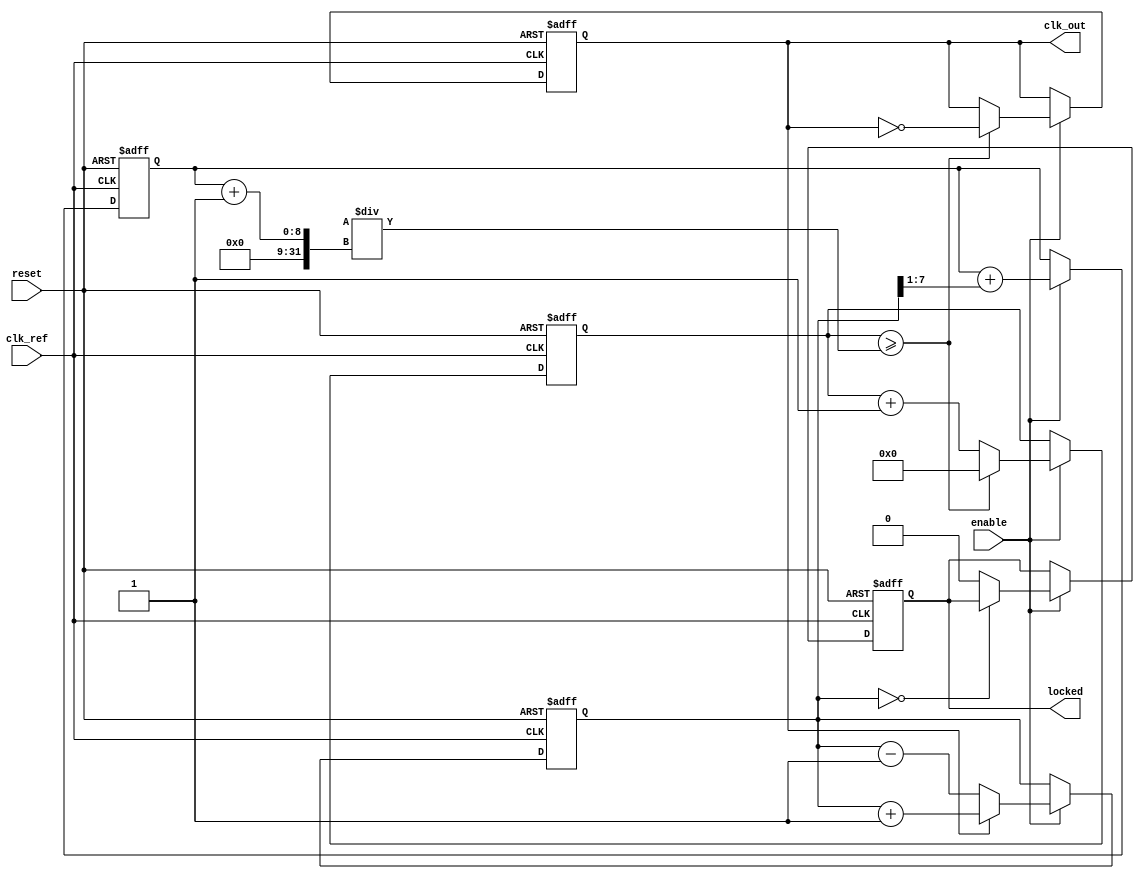
module parameterized_PLL #(
    parameter F_ref = 50_000_000,  // Reference frequency in Hz
    parameter F_out = 100_000_000,  // Desired output frequency in Hz
    parameter PHASE_RESOLUTION = 8, // Phase resolution
    parameter LOCK_TIME = 1000,      // Lock time in ns
    parameter LOOP_BANDWIDTH = 1000   // Loop bandwidth in Hz
)(
    input wire clk_ref,               // Input reference clock
    input wire reset,                 // Asynchronous reset
    input wire enable,                // Enable signal
    output reg clk_out,               // Output clock
    output reg locked                 // Lock status
);

    // Internal signals
    reg [PHASE_RESOLUTION-1:0] phase_error; // Phase error from phase detector
    reg [PHASE_RESOLUTION-1:0] control_voltage; // Control voltage for VCO
    reg [31:0] vco_counter;           // VCO counter for generating clk_out
    reg [31:0] lock_counter;          // Counter for lock detection
    reg vco_enabled;                  // VCO enable flag

    // Phase Detector (PD)
    always @(posedge clk_ref or posedge reset) begin
        if (reset) begin
            phase_error <= 0;
        end else if (enable) begin
            // Simple phase error detection logic (for illustration)
            if (clk_out) begin
                phase_error <= phase_error + 1; // Increment phase error
            end else begin
                phase_error <= phase_error - 1; // Decrement phase error
            end
        end
    end

    // Loop Filter (LF)
    always @(posedge clk_ref or posedge reset) begin
        if (reset) begin
            control_voltage <= 0;
        end else if (enable) begin
            // Simple low-pass filter for control voltage
            control_voltage <= control_voltage + (phase_error >> 1); // Adjust control voltage based on phase error
        end
    end

    // Voltage-Controlled Oscillator (VCO)
    always @(posedge clk_ref or posedge reset) begin
        if (reset) begin
            vco_counter <= 0;
            clk_out <= 0;
            vco_enabled <= 0;
            locked <= 0;
        end else if (enable) begin
            vco_enabled <= 1;
            vco_counter <= vco_counter + 1;

            // Generate output clock based on control voltage
            if (vco_counter >= (F_ref / F_out) * (1 << PHASE_RESOLUTION) / (control_voltage + 1)) begin
                clk_out <= ~clk_out; // Toggle output clock
                vco_counter <= 0;     // Reset counter
            end

            // Lock detection logic
            if (phase_error == 0) begin
                lock_counter <= lock_counter + 1;
                if (lock_counter >= LOCK_TIME / (1000 / F_ref)) begin
                    locked <= 1; // Assert locked signal
                end
            end else begin
                lock_counter <= 0; // Reset lock counter if phase error is present
                locked <= 0;       // Deassert locked signal
            end
        end else begin
            vco_enabled <= 0; // Disable VCO when not enabled
        end
    end

endmodule